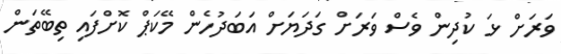
ވަރަށް ޅަ ކުދިން ވެސް ވަރަށް ގަދަޔަށް އަބަދުހެން މޭކަޕް ކޮށްފައި ތިބޭތަން